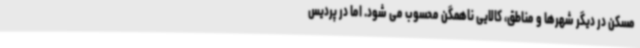
مسکن در دیگر شهرها و مناطق، کالایی ناهمگن محسوب می شود. اما در پردیس